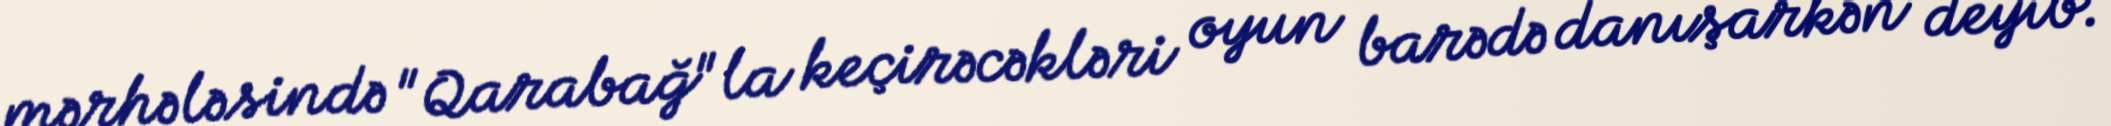
mərhələsində "Qarabağ"la keçirəcəkləri oyun barədə danışarkən deyib.